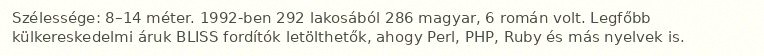
Szélessége: 8–14 méter. 1992-ben 292 lakosából 286 magyar, 6 román volt. Legfőbb külkereskedelmi áruk BLISS fordítók letölthetők, ahogy Perl, PHP, Ruby és más nyelvek is.